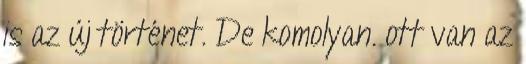
is az új történet. De komolyan. ott van az